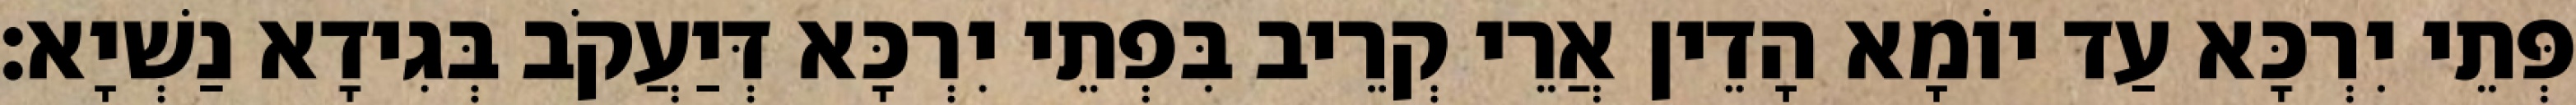
פְּתֵי יִרְכָּא עַד יוֹמָא הָדֵין אֲרֵי קְרֵיב בִּפְתֵי יִרְכָּא דְּיַעֲקֹב בְּגִידָא נַשְׁיָא׃